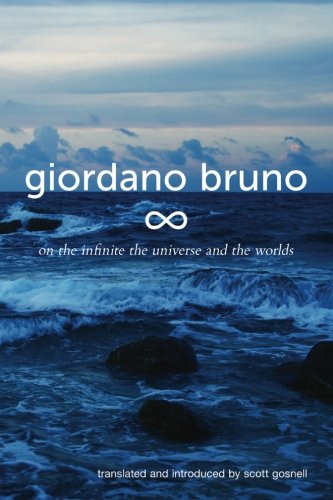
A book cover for On the Infinite, the Universe and the Worlds: Five Cosmological Dialogues (Giordano Bruno Collected Works) (Volume 2); Giordano Bruno; Politics & Social Sciences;